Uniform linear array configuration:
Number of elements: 24
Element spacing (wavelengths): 0.75
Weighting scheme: exponential
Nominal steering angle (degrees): -45
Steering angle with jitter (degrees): -45.194
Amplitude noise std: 0.05
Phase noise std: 0.05

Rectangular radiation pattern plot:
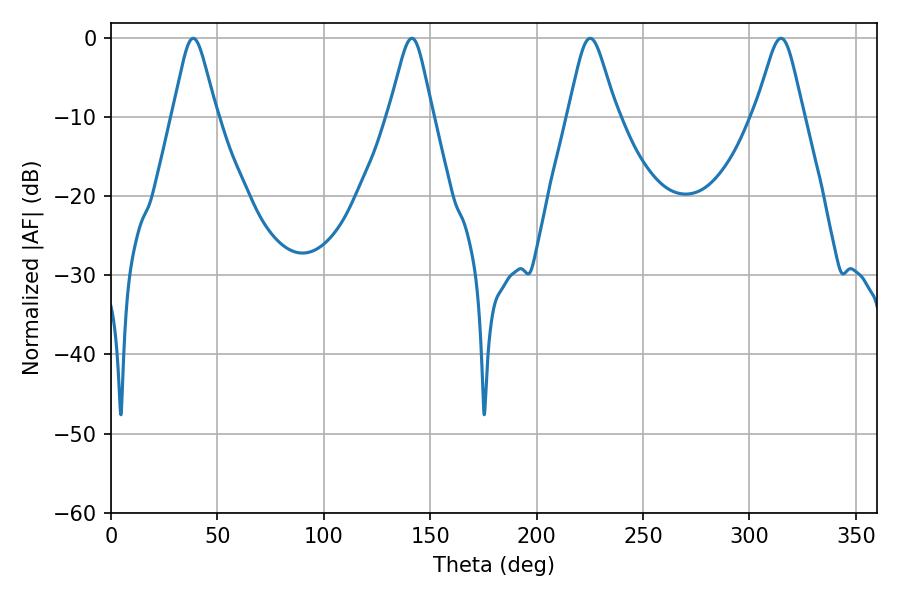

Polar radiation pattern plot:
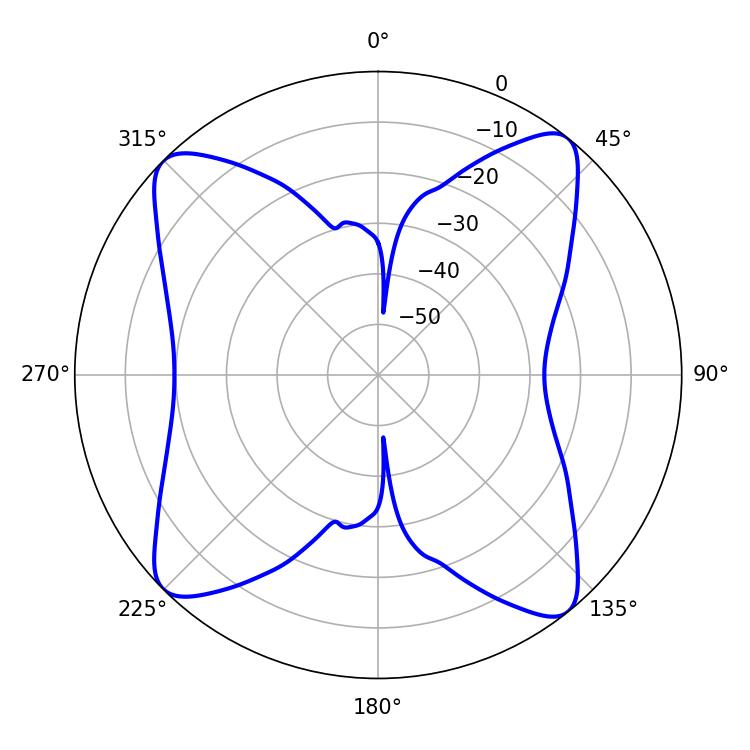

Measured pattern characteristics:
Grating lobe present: TRUE
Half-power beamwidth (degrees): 10.98
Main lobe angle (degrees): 225.18